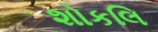
શોકલિ